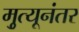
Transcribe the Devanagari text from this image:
मृुत्यूनंतर